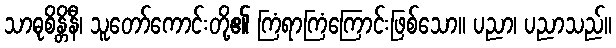
သာဓုစိန္တိနီ၊ သူတော်ကောင်းတို့၏ ကြံရာကြံကြောင်းဖြစ်သော။ ပညာ၊ ပညာသည်။